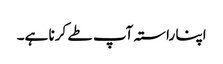
اپنا راستہ آپ طے کرنا ہے۔